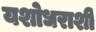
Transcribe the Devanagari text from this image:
यशोधराशी